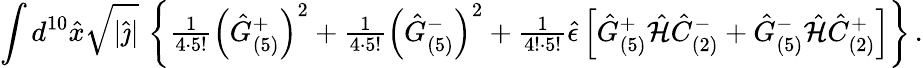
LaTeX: \int d^{10}\hat{x}\sqrt{|\hat{\jmath}|}\, \left\{ {\textstyle\frac{1}{4\cdot 5!}}\left(\hat{G}_{(5)}^{+}\right)^{2}+{\textstyle\frac{1}{4\cdot 5!}}\left(\hat{G}_{(5)}^{-}\right)^{2}+{\textstyle\frac{1}{4!\cdot 5!}}\hat{\epsilon}\left[\hat{G}_{(5)}^{+}\hat{\cal H}\hat{C}_{(2)}^{-}+\hat{G}_{(5)}^{-}\hat{\cal H}\hat{C}_{(2)}^{+}\right]\right\} \, .